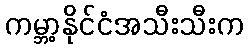
ကမ္ဘာ့နိုင်ငံအသီးသီးက